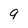
Character: 9